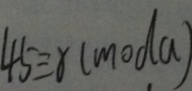
4 5 \equiv r ( m o d a )